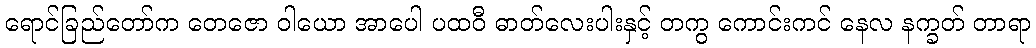
ရောင်ခြည်တော်က တေဇော ဝါယော အာပေါ ပထဝီ ဓာတ်လေးပါးနှင့် တကွ ကောင်းကင် နေလ နက္ခတ် တာရာ